Indian journal of veterinary science and animal husbandry - Volume 8,
Year: 1938
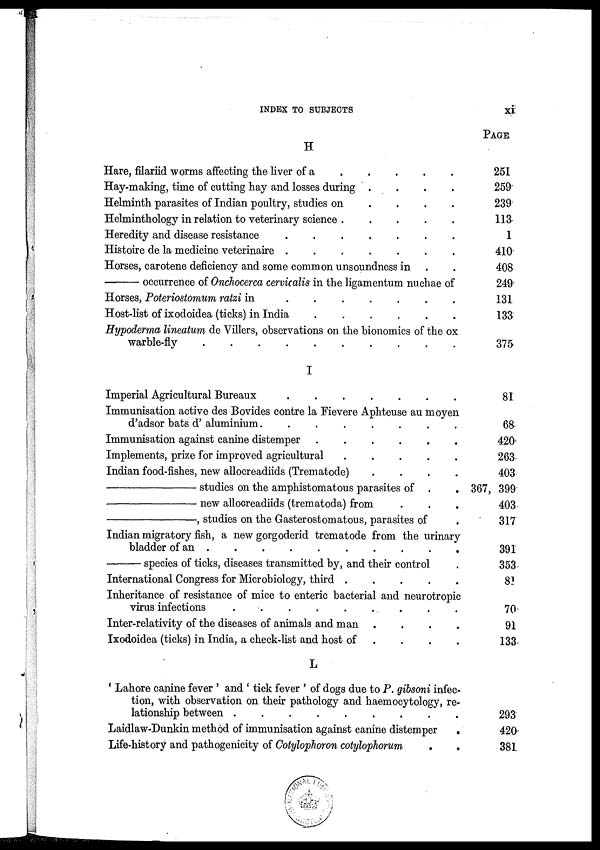
INDEX TO SUBJECTS
xi
H
Hare, filariid worms affecting the liver of a . . . . .
Hay-making, time of cutting hay and losses during .
.
.
.
Helminth parasites of Indian poultry, studies on
.
.
.
Helminthology in relation to veterinary science .
.
.
.
.
Heredity and disease resistance . . . . . . .
Histoire de la medicine veterinaire . . . . . . .
Horses, carotene deficiency and some common unsoundness in . .
—occurrence
of Onchocerca cervicalis in the ligamentum nuchae of
Horses, Poteriostomum ratzi in
.
.
.
.
.
.
.
Host-list of ixodoidea (ticks) in India . . . . . . .
Hypoderma lineatum de Villers, observations on the bionomics of the ox
warble-fly . . . . . . .
I
Imperial Agricultural Bureaux . . . . . . .
Immunisation active des Bovides contre la Fievere Aphteuse au moyen
d'adsor bats d' aluminium .
.
.
.
.
.
.
.
Immunisation against canine distemper . . . . . . .
Implements, prize for improved agricultural
.
.
.
.
.
Indian food-fishes, new allocreadiids (Trematode)
.
.
.
.
—studies
on the amphistomatous parasites of . .
—new
allocreadiids (trematoda) from . . .
—,
studies on the Gasterostomatous, parasites of .
Indian migratory fish, a new gorgoderid trematode from the urinary
bladder of an . . . . . . .
—species
of ticks, diseases transmitted by, and their control .
International Congress for Microbiology, third . . . . . . .
Inheritance of resistance of mice to enteric bacterial and neurotropic
virus infections . . . . . . .
Inter-relativity of the diseases of animals and man .
.
.
.
Ixodoidea (ticks) in India, a check-list and host of . . . .
L
' Lahore canine fever ' and ' tick fever ' of dogs due to P. gibsoni infec-
tion, with observation on their pathology and haemocytology, re-
lationship between . . . . . . .
Laidlaw-Dunkin method of immunisation against canine distemper
.
Life-history and pathogenicity of Cotylophoron cotylophorum .
.
PAGE
251
259
239
113
1
410
408
249
131
133
375
81
68
420
263
403
367, 399
403
317
391
353
81
70
91
133
293
420
381